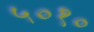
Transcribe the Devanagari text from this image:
५०१०